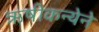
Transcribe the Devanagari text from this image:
ऋषीकन्येने